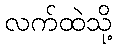
လက်ထဲသို့